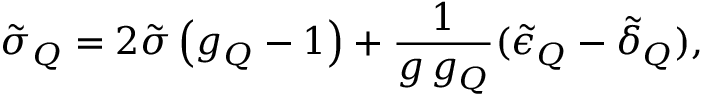
\tilde { \sigma } _ { Q } = 2 \tilde { \sigma } \left( g _ { Q } - 1 \right) + \frac { 1 } { g \, g _ { Q } } ( \tilde { \epsilon } _ { Q } - \tilde { \delta } _ { Q } ) ,